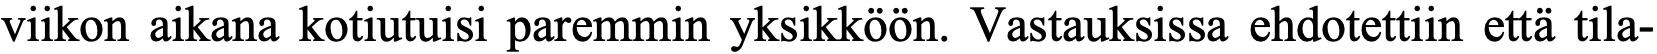
viikon aikana kotiutuisi paremmin yksikköön. Vastauksissa ehdotettiin että tila-